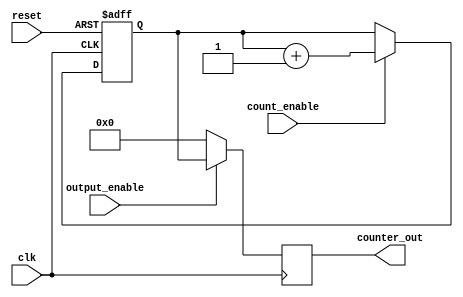
module synchronous_counter (
    input wire clk,                // Clock input
    input wire reset,              // Asynchronous reset
    input wire count_enable,       // Count enable signal
    input wire output_enable,       // Output enable signal
    output reg [3:0] counter_out    // 4-bit counter output
);

    // Counter state register
    reg [3:0] counter_state;

    // Asynchronous reset and counting logic
    always @(posedge clk or posedge reset) begin
        if (reset) begin
            // Reset the counter to zero
            counter_state <= 4'b0000;
        end else if (count_enable) begin
            // Increment the counter
            counter_state <= counter_state + 1;
        end
    end

    // Output control logic
    always @(posedge clk) begin
        if (output_enable) begin
            // Pass the current counter state to the output
            counter_out <= counter_state;
        end else begin
            // Hold the previous output value (or set to default)
            // Here, we can choose to hold the last value or set to zero
            // counter_out <= counter_out; // Hold last value
            counter_out <= 4'b0000; // Set to default value
        end
    end

endmodule